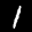
Label: 1